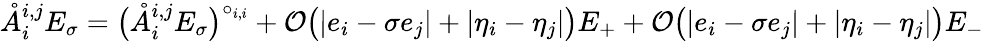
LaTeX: \mathring{A}_{i}^{{i,j}}E_{\sigma}=\big(\mathring{A}_{i}^{{i,j}}E_{\sigma}\big)^{\circ_{i,i}}+\mathcal{O}\big(|e_{i}-\sigma e_{j}|+|\eta_{i}-\eta_{j}|\big)E_{+}+\mathcal{O}\big(|e_{i}-\sigma e_{j}|+|\eta_{i}-\eta_{j}|\big)E_{-}